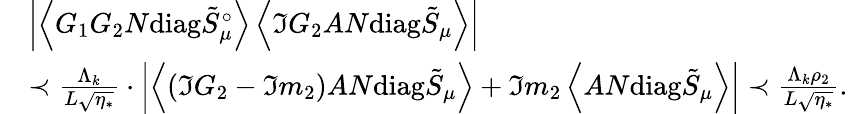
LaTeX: \begin{array}{rl}&{\left|\left\langle{G_{1}G_{2}N\mathrm{diag}\tilde{S}_{\mu}^{\circ}}\right\rangle\left\langle{\Im G_{2}AN\mathrm{diag}\tilde{S}_{\mu}}\right\rangle\right|}\\ &{\prec\frac{\Lambda_{k}}{L\sqrt{\eta_{*}}}\cdot\left|\left\langle{(\Im G_{2}-\Im m_{2})AN\mathrm{diag}\tilde{S}_{\mu}}\right\rangle+\Im m_{2}\left\langle{AN\mathrm{diag}\tilde{S}_{\mu}}\right\rangle\right|\prec\frac{\Lambda_{k}\rho_{2}}{L\sqrt{\eta_{*}}}.}\end{array}